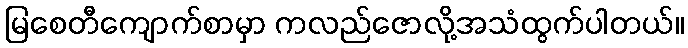
မြစေတီကျောက်စာမှာ ကလည်ဇောလို့အသံထွက်ပါတယ်။